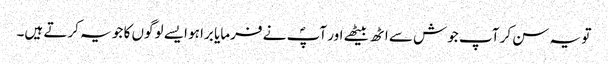
تو یہ سن کر آپ جوش سے اٹھ بیٹھے اور آپؐ نے فرمایا برا ہو ایسے لوگوں کا جو یہ کرتے ہیں۔